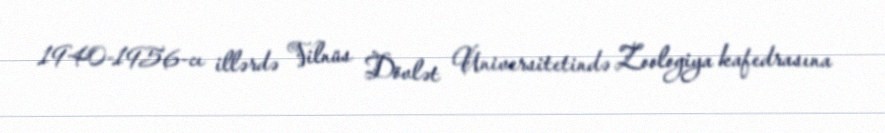
1940-1956-cı illərdə Vilnüs Dövlət Universitetində Zoologiya kafedrasına